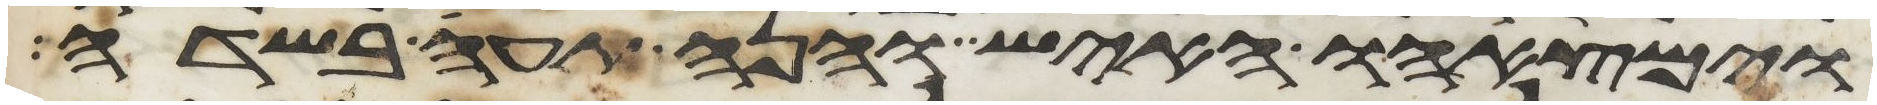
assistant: וימצאהו האיש והנה תעה בשדה